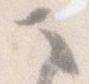
ま